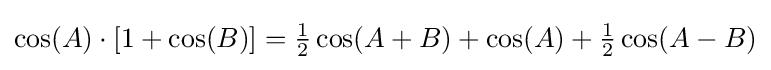
\cos(A)\cdot [1+\cos(B)]={\tfrac {1}{2}}\cos(A+B)+\cos(A)+{\tfrac {1}{2}}\cos(A-B)